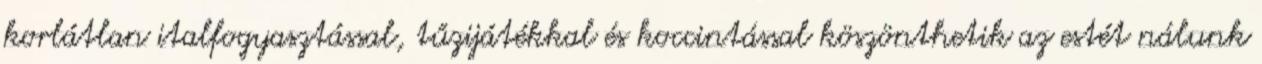
korlátlan italfogyasztással, tűzijátékkal és koccintással köszönthetik az estét nálunk